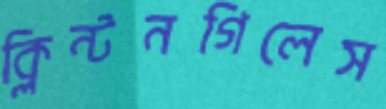
ক্লিন্টনগিলেস